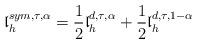
LaTeX: \begin{align*}{\mathfrak l}_h^{sym,\tau, \alpha} =\frac{1}{2} {\mathfrak l}_h^{d, \tau, \alpha}+ \frac{1}{2}{\mathfrak l}_h^{d, \tau, 1-\alpha}\end{align*}